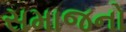
સમાજનો